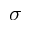
\sigma